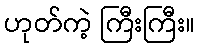
ဟုတ်ကဲ့ ကြီးကြီး။